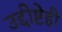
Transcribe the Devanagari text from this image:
उद्दीष्टेही